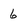
Character: 6